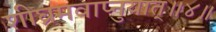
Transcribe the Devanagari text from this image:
शीघ्रमवाप्नुयात्॥४॥